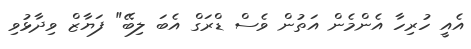
އެއީ ހުރިހާ އެންމެން އަތުން ވެސް ޑްރަގް އެބަ ލިބޭ" ފަޔާޒް ވިދާޅުވި